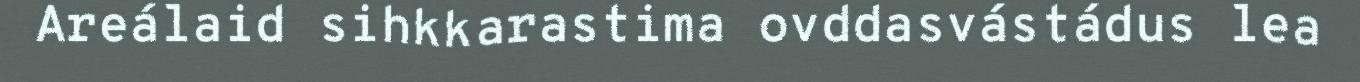
Areálaid sihkkarastima ovddasvástádus lea